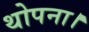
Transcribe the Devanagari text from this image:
थोपना।